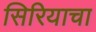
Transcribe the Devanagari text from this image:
सिरियाचा